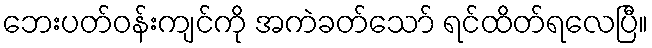
ဘေးပတ်ဝန်းကျင်ကို အကဲခတ်သော် ရင်ထိတ်ရလေပြီ။